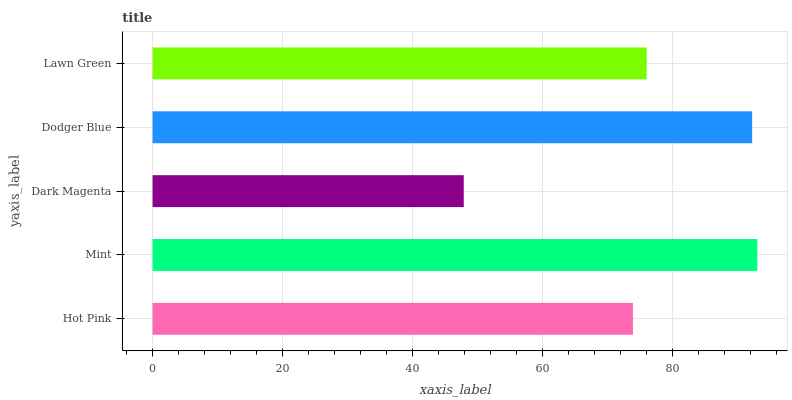
| yaxis_label | bars |
 | --- | --- |
 | Hot Pink | 73.9 |
 | Mint | 93 |
 | Dark Magenta | 47.9 |
 | Dodger Blue | 92.2 |
 | Lawn Green | 76 |